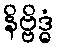
နိဗ္ဗိဒ္ဓံ